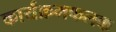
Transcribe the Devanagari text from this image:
कार्यक्रमफलक